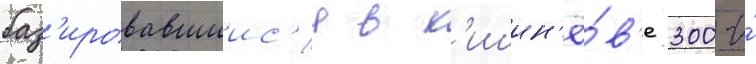
баз'ировавшиис'я в к'ишин'ё́в'е 300-и́